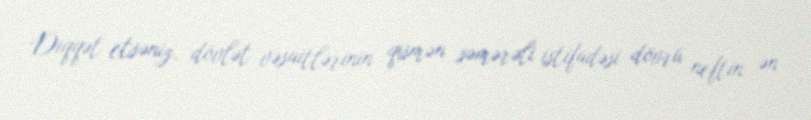
Diqqət etsəniz, dövlət vəsaitlərinin qismən səmərəli istifadəsi dövrü neftin ən